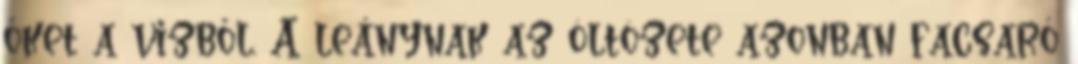
őket a vizből. A leánynak az öltözete azonban facsaró